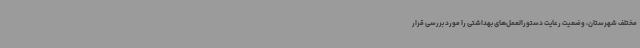
مختلف شهرستان، وضعیت رعایت دستورالعمل‌های بهداشتی را مورد بررسی قرار